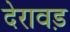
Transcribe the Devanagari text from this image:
देरावड़